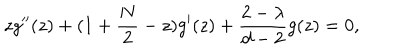
LaTeX: z g ^ { \prime \prime } ( z ) + ( 1 + \frac { N } { 2 } - z ) g ^ { \prime } ( z ) + \frac { 2 - \lambda } { d - 2 } g ( z ) = 0 ,